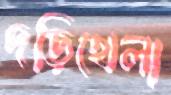
দড়িখেলা